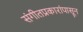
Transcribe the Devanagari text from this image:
संगीतप्रकारांपासून